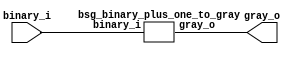


module top
(
  binary_i,
  gray_o
);

  input [15:0] binary_i;
  output [15:0] gray_o;

  bsg_binary_plus_one_to_gray
  wrapper
  (
    .binary_i(binary_i),
    .gray_o(gray_o)
  );


endmodule



module bsg_scan_width_p16_and_p1_lo_to_hi_p1
(
  i,
  o
);

  input [15:0] i;
  output [15:0] o;
  wire [15:0] o;
  wire t_3__15_,t_3__14_,t_3__13_,t_3__12_,t_3__11_,t_3__10_,t_3__9_,t_3__8_,t_3__7_,
  t_3__6_,t_3__5_,t_3__4_,t_3__3_,t_3__2_,t_3__1_,t_3__0_,t_2__15_,t_2__14_,
  t_2__13_,t_2__12_,t_2__11_,t_2__10_,t_2__9_,t_2__8_,t_2__7_,t_2__6_,t_2__5_,t_2__4_,
  t_2__3_,t_2__2_,t_2__1_,t_2__0_,t_1__15_,t_1__14_,t_1__13_,t_1__12_,t_1__11_,
  t_1__10_,t_1__9_,t_1__8_,t_1__7_,t_1__6_,t_1__5_,t_1__4_,t_1__3_,t_1__2_,t_1__1_,
  t_1__0_;
  assign t_1__15_ = i[0] & 1'b1;
  assign t_1__14_ = i[1] & i[0];
  assign t_1__13_ = i[2] & i[1];
  assign t_1__12_ = i[3] & i[2];
  assign t_1__11_ = i[4] & i[3];
  assign t_1__10_ = i[5] & i[4];
  assign t_1__9_ = i[6] & i[5];
  assign t_1__8_ = i[7] & i[6];
  assign t_1__7_ = i[8] & i[7];
  assign t_1__6_ = i[9] & i[8];
  assign t_1__5_ = i[10] & i[9];
  assign t_1__4_ = i[11] & i[10];
  assign t_1__3_ = i[12] & i[11];
  assign t_1__2_ = i[13] & i[12];
  assign t_1__1_ = i[14] & i[13];
  assign t_1__0_ = i[15] & i[14];
  assign t_2__15_ = t_1__15_ & 1'b1;
  assign t_2__14_ = t_1__14_ & 1'b1;
  assign t_2__13_ = t_1__13_ & t_1__15_;
  assign t_2__12_ = t_1__12_ & t_1__14_;
  assign t_2__11_ = t_1__11_ & t_1__13_;
  assign t_2__10_ = t_1__10_ & t_1__12_;
  assign t_2__9_ = t_1__9_ & t_1__11_;
  assign t_2__8_ = t_1__8_ & t_1__10_;
  assign t_2__7_ = t_1__7_ & t_1__9_;
  assign t_2__6_ = t_1__6_ & t_1__8_;
  assign t_2__5_ = t_1__5_ & t_1__7_;
  assign t_2__4_ = t_1__4_ & t_1__6_;
  assign t_2__3_ = t_1__3_ & t_1__5_;
  assign t_2__2_ = t_1__2_ & t_1__4_;
  assign t_2__1_ = t_1__1_ & t_1__3_;
  assign t_2__0_ = t_1__0_ & t_1__2_;
  assign t_3__15_ = t_2__15_ & 1'b1;
  assign t_3__14_ = t_2__14_ & 1'b1;
  assign t_3__13_ = t_2__13_ & 1'b1;
  assign t_3__12_ = t_2__12_ & 1'b1;
  assign t_3__11_ = t_2__11_ & t_2__15_;
  assign t_3__10_ = t_2__10_ & t_2__14_;
  assign t_3__9_ = t_2__9_ & t_2__13_;
  assign t_3__8_ = t_2__8_ & t_2__12_;
  assign t_3__7_ = t_2__7_ & t_2__11_;
  assign t_3__6_ = t_2__6_ & t_2__10_;
  assign t_3__5_ = t_2__5_ & t_2__9_;
  assign t_3__4_ = t_2__4_ & t_2__8_;
  assign t_3__3_ = t_2__3_ & t_2__7_;
  assign t_3__2_ = t_2__2_ & t_2__6_;
  assign t_3__1_ = t_2__1_ & t_2__5_;
  assign t_3__0_ = t_2__0_ & t_2__4_;
  assign o[0] = t_3__15_ & 1'b1;
  assign o[1] = t_3__14_ & 1'b1;
  assign o[2] = t_3__13_ & 1'b1;
  assign o[3] = t_3__12_ & 1'b1;
  assign o[4] = t_3__11_ & 1'b1;
  assign o[5] = t_3__10_ & 1'b1;
  assign o[6] = t_3__9_ & 1'b1;
  assign o[7] = t_3__8_ & 1'b1;
  assign o[8] = t_3__7_ & t_3__15_;
  assign o[9] = t_3__6_ & t_3__14_;
  assign o[10] = t_3__5_ & t_3__13_;
  assign o[11] = t_3__4_ & t_3__12_;
  assign o[12] = t_3__3_ & t_3__11_;
  assign o[13] = t_3__2_ & t_3__10_;
  assign o[14] = t_3__1_ & t_3__9_;
  assign o[15] = t_3__0_ & t_3__8_;

endmodule



module bsg_binary_plus_one_to_gray
(
  binary_i,
  gray_o
);

  input [15:0] binary_i;
  output [15:0] gray_o;
  wire [15:0] gray_o,binary_scan,edge_detect;
  wire N0,N1,N2,N3,N4,N5,N6,N7,N8,N9,N10,N11,N12,N13,N14,N15,N16,N17,N18,N19,N20,N21,
  N22,N23,N24,N25,N26,N27,N28,N29,N30;

  bsg_scan_width_p16_and_p1_lo_to_hi_p1
  scan_and
  (
    .i(binary_i),
    .o(binary_scan)
  );

  assign edge_detect[15] = N0 & binary_scan[14];
  assign N0 = ~1'b0;
  assign edge_detect[14] = N1 & binary_scan[13];
  assign N1 = ~binary_scan[14];
  assign edge_detect[13] = N2 & binary_scan[12];
  assign N2 = ~binary_scan[13];
  assign edge_detect[12] = N3 & binary_scan[11];
  assign N3 = ~binary_scan[12];
  assign edge_detect[11] = N4 & binary_scan[10];
  assign N4 = ~binary_scan[11];
  assign edge_detect[10] = N5 & binary_scan[9];
  assign N5 = ~binary_scan[10];
  assign edge_detect[9] = N6 & binary_scan[8];
  assign N6 = ~binary_scan[9];
  assign edge_detect[8] = N7 & binary_scan[7];
  assign N7 = ~binary_scan[8];
  assign edge_detect[7] = N8 & binary_scan[6];
  assign N8 = ~binary_scan[7];
  assign edge_detect[6] = N9 & binary_scan[5];
  assign N9 = ~binary_scan[6];
  assign edge_detect[5] = N10 & binary_scan[4];
  assign N10 = ~binary_scan[5];
  assign edge_detect[4] = N11 & binary_scan[3];
  assign N11 = ~binary_scan[4];
  assign edge_detect[3] = N12 & binary_scan[2];
  assign N12 = ~binary_scan[3];
  assign edge_detect[2] = N13 & binary_scan[1];
  assign N13 = ~binary_scan[2];
  assign edge_detect[1] = N14 & binary_scan[0];
  assign N14 = ~binary_scan[1];
  assign edge_detect[0] = N15 & 1'b1;
  assign N15 = ~binary_scan[0];
  assign gray_o[15] = binary_i[15] ^ edge_detect[15];
  assign gray_o[14] = N16 ^ edge_detect[14];
  assign N16 = binary_i[15] ^ binary_i[14];
  assign gray_o[13] = N17 ^ edge_detect[13];
  assign N17 = binary_i[14] ^ binary_i[13];
  assign gray_o[12] = N18 ^ edge_detect[12];
  assign N18 = binary_i[13] ^ binary_i[12];
  assign gray_o[11] = N19 ^ edge_detect[11];
  assign N19 = binary_i[12] ^ binary_i[11];
  assign gray_o[10] = N20 ^ edge_detect[10];
  assign N20 = binary_i[11] ^ binary_i[10];
  assign gray_o[9] = N21 ^ edge_detect[9];
  assign N21 = binary_i[10] ^ binary_i[9];
  assign gray_o[8] = N22 ^ edge_detect[8];
  assign N22 = binary_i[9] ^ binary_i[8];
  assign gray_o[7] = N23 ^ edge_detect[7];
  assign N23 = binary_i[8] ^ binary_i[7];
  assign gray_o[6] = N24 ^ edge_detect[6];
  assign N24 = binary_i[7] ^ binary_i[6];
  assign gray_o[5] = N25 ^ edge_detect[5];
  assign N25 = binary_i[6] ^ binary_i[5];
  assign gray_o[4] = N26 ^ edge_detect[4];
  assign N26 = binary_i[5] ^ binary_i[4];
  assign gray_o[3] = N27 ^ edge_detect[3];
  assign N27 = binary_i[4] ^ binary_i[3];
  assign gray_o[2] = N28 ^ edge_detect[2];
  assign N28 = binary_i[3] ^ binary_i[2];
  assign gray_o[1] = N29 ^ edge_detect[1];
  assign N29 = binary_i[2] ^ binary_i[1];
  assign gray_o[0] = N30 ^ edge_detect[0];
  assign N30 = binary_i[1] ^ binary_i[0];

endmodule